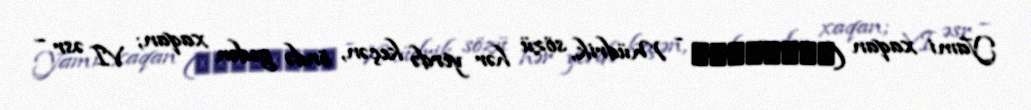
Yami xaqan (意利珍豆启民可汗 - Müdrik, sözü hər yerdə keçən, öndə gedən xaqan; VI əsr –